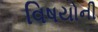
વિષયોની